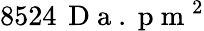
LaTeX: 8524\, \mathrm{~D~a~.~p~m~}^{2}